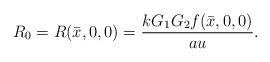
LaTeX: \begin{align*}R_{0}=R(\bar{x},0,0)=\frac{kG_{1}G_{2}f(\bar{x},0,0)}{au}.\end{align*}